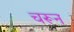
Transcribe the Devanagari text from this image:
चरून